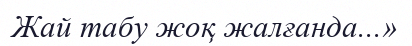
Жай табу жоқ жалғанда...»